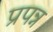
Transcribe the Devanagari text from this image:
प्रपन्न